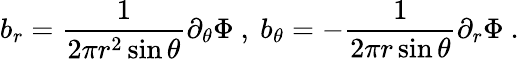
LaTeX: b_{r}=\frac{1}{2\pi r^{2}\sin\theta}{\partial_{\theta}\Phi}\ ,\ b_{\theta}=-\frac{1}{2\pi r\sin\theta}{\partial_{r}\Phi}\ .